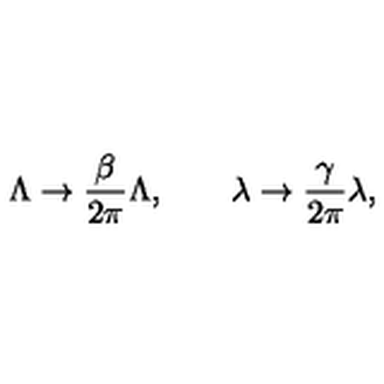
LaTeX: \Lambda \rightarrow { \frac { \beta } { 2 \pi } } \Lambda , \quad \quad \lambda \rightarrow { \frac { \gamma } { 2 \pi } } \lambda ,